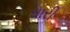
ધારી